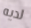
لديه